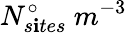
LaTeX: N_{s\mathbf{i}tes}^{\circ}\ m^{-3}